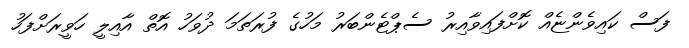
ފަސް ކައިވެންޏެއް ކޮށްފައިވާއިރު ސެޕްޓެންބަރު މަހުގެ ފުރަތަމަ ދުވަހު އޮތް އާއިލީ ހަވީރަށްފަހު